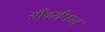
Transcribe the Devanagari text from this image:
सौंदर्यपान